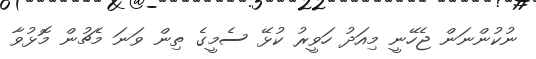
ނުކުންނަން ޖެހޭނީ މިއަދު ހަވީރު ކުޅޭ ސެމީގެ ތިން ވަނަ މެޗުން މޮޅުވާ